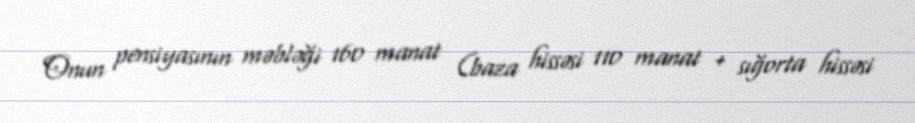
Onun pensiyasının məbləği 160 manat (baza hissəsi 110 manat + sığorta hissəsi